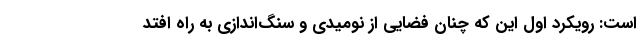
است: رویکرد اول این که چنان فضایی از نومیدی و سنگ‌اندازی به راه افتد